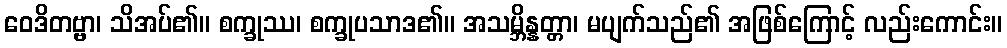
ဝေဒိတဗ္ဗာ၊ သိအပ်၏။ စက္ခုဿ၊ စက္ခုပသာဒ၏။ အသမ္ဘိန္နတ္တာ၊ မပျက်သည်၏ အဖြစ်ကြောင့် လည်းကောင်း။